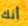
أنك